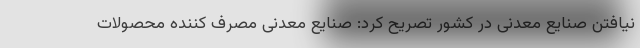
نیافتن صنایع معدنی در کشور تصریح کرد: صنایع معدنی مصرف کننده محصولات